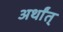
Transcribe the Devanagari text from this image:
अर्थांत्